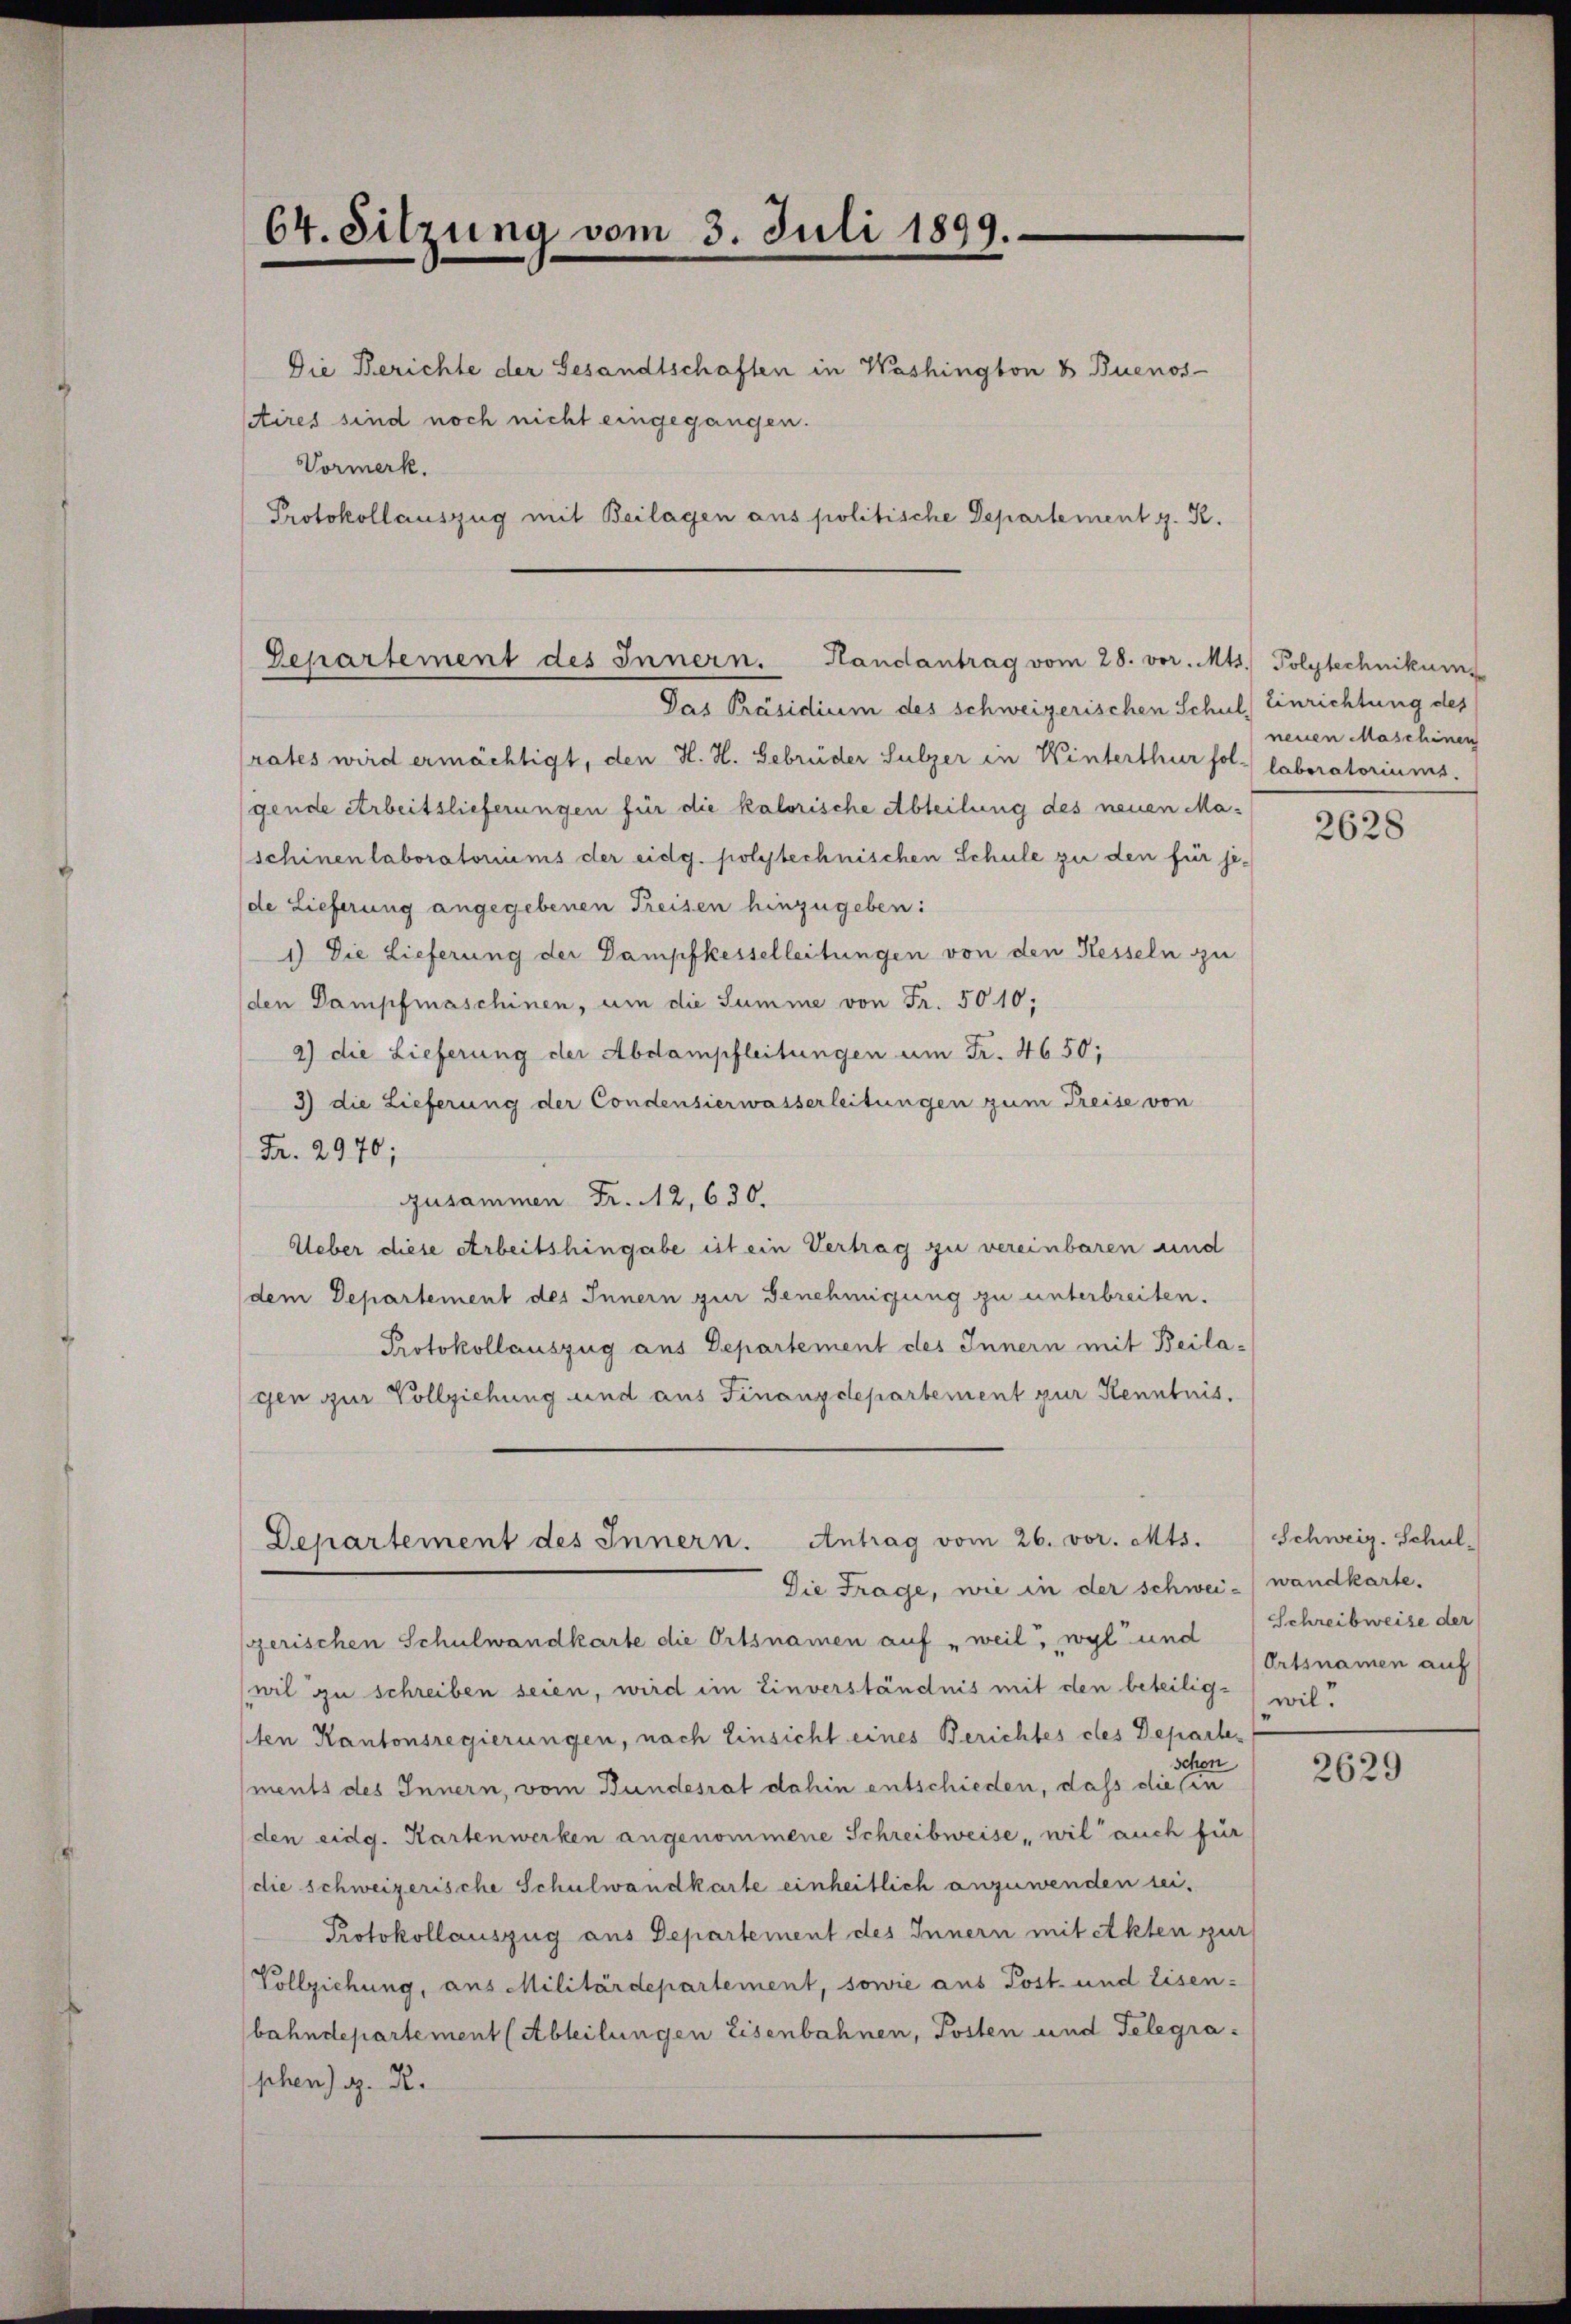
64. Sitzung vom 3. Juli 1899.

Die Berichte der Gesandtschaften in Washington & Buenos-
Aires sind noch nicht eingegangen.
Vormerk.
Protokollauszug mit Beilagen aus politische Departement z. R.

Zepartement des Innern. Handantrag vom 28. vor. Mts. Polytechnikum

Das Präsidium des schweizerischen Schul, Einrichtung des
rates wird ermächtigt, den H. H. Gebrüder Sulzer in Winterthur fol- laboratoriums.
gende Arbeitslieferungen für die kalorische Abteilung des neuen Maschinen laboratoriums der eidg. polytechnischen Schule zu den für je-
de Lieferung angegebenen Freisen hinzugeben:
1) Die Lieferung der Dampfkesselleitungen von den Kesseln zu
den Dampfmaschinen, um die Summe von Fr. 5010;
2) die Lieferung der Abdampfleitungen um Fr. 4650;
3) die Lieferung der Condensierwasserleitungen zum Treise von
Fr. 2970;
zusammen Fr. 12, 630.
Ueber diese Arbeitshingabe ist ein Vertrag zu vereinbaren und
dem Departement des Innern zur Benehmigung zu unterbreiten.
Protokollauszug aus Departement des Innern mit Beilagen zur Vollziehung und aus Finanzdepartement zur Kenntnis.

Departement des Innern. Antrag vom 26. vor. Mts.
Die Frage, wie in der schwei-/wandkarte.

(gerischen Schulwandkarte die Ortsnamen auf „weil, wyl und
wil zu schreiben seien, wird im Einverständnis mit den beteilig- wil¬
1ten Kantonsregierungen, nach Einsicht eines Berichtes des Departeschon
ments des Innern, vom Bundesrat dahin entschieden, daß die sin
den eidg. Kartenwerken angenommene Schreibweise, wil auch für
die schweizerische Schulwandkarte einheitlich anzuwenden sei.
Protokollauszug aus Departement des Innern mit Akten zur
Vollziehung, aus Militärdepartement, sowie aus Post- und Eisen-
bahndepartement (Abteilungen Eisenbahnen, Posten und Telegraphen) g. R.

neuen Maschinen

2628

Schweiz. Schul¬
Schreibweise der
Ortsnamen auf

2629